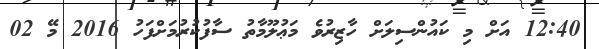
12:40 އަށް މި ކައުންސިލަށް ހާޒިރުވެ މަޢުލޫމާތު ސާފުކުރުމަށްފަހު 2016 މޭ 02